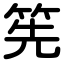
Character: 筅